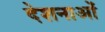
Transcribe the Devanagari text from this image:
देशनाओं